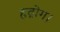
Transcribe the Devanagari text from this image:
हृद्रोग।